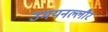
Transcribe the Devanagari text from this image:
उमयनल्लौर